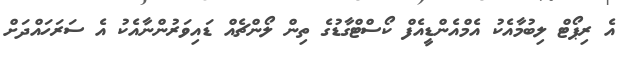
އެ ރިޕޯޓް ލިބުމާއެކު އެމްއެންޑީއެފް ކޯސްޓްގާޑުގެ ތިން ލޯންޗެއް ޑައިވަރުންނާއެކު އެ ސަރަހައްދަށް